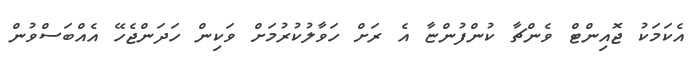
އެކަމަކު ޖޮއިންޓް ވެންޗާ ކުންފުންޏާ އެ ރަށް ހަވާލުކުރުމަށް ވަކިން ހަދަންޖެހޭ އެއްބަސްވުން